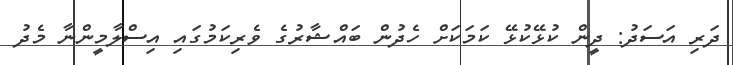
ދަރި އަސަދު: ދީން ކުޅޭކުޅޭ ކަމަކަށް ހެދުން ބައްޝާރުގެ ވެރިކަމުގައި އިސްލާމީންނާ މެދު